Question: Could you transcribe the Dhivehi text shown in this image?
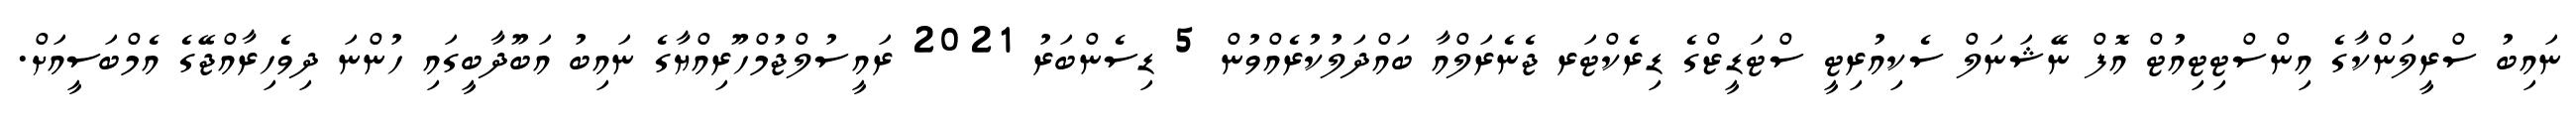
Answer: ނައިބު ސްރީލަންކާގެ އިންސްޓިޓިއުޓް އޮފް ނޭޝަނަލް ސެކިއުރިޓީ ސްޓަޑީޒްގެ ޑިރެކްޓަރ ޖެނެރަލްއާ ބައްދަލުކުރެއްވުން 5 ޑިސެންބަރު 2021 ރައީސުލްޖުމްހޫރިއްޔާގެ ނައިބު އަބޫދާބީގައި ހުންނަ ދިވެހިރާއްޖޭގެ އެމްބަސީއަށް.